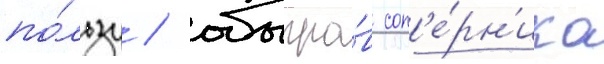
по́льзу / обыгра́в соп'е́рн'ика